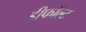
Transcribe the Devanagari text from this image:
डीफॉल्ट